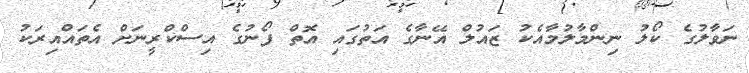
ނަވާލުގެ ކޯލު ނިންމާލުމާއެކު ޒައުލް އޭނާގެ އަތުގައި އޮތް ފޯނުގެ އިސްކްރީނަށް އެތައްއިރަކު